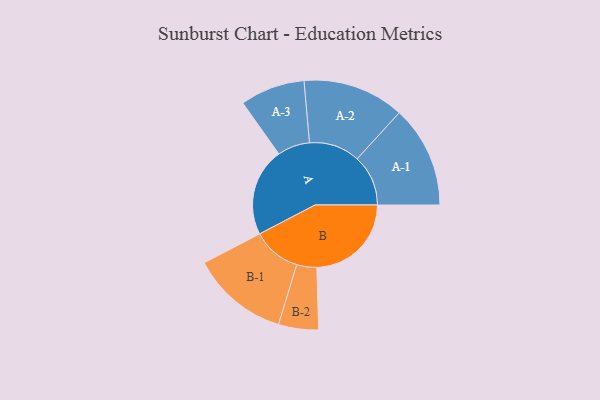
{"axis": {"x": "Segment", "y": "Value"}, "legend": ["", "A", "B"], "data": [{"x": "A", "y": 449, "type": ""}, {"x": "B", "y": 482, "type": ""}, {"x": "A-1", "y": 260, "type": "A"}, {"x": "A-2", "y": 259, "type": "A"}, {"x": "A-3", "y": 165, "type": "A"}, {"x": "B-1", "y": 248, "type": "B"}, {"x": "B-2", "y": 102, "type": "B"}]}